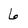
Character: 6